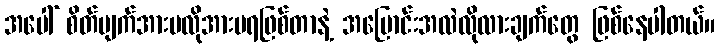
အပေါ် စိတ်ပျက်အားမလိုအားမရဖြစ်တာနဲ့ အပြောင်းအလဲလိုလားချက်တွေ ဖြစ်နေပါတယ်။